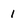
Character: i